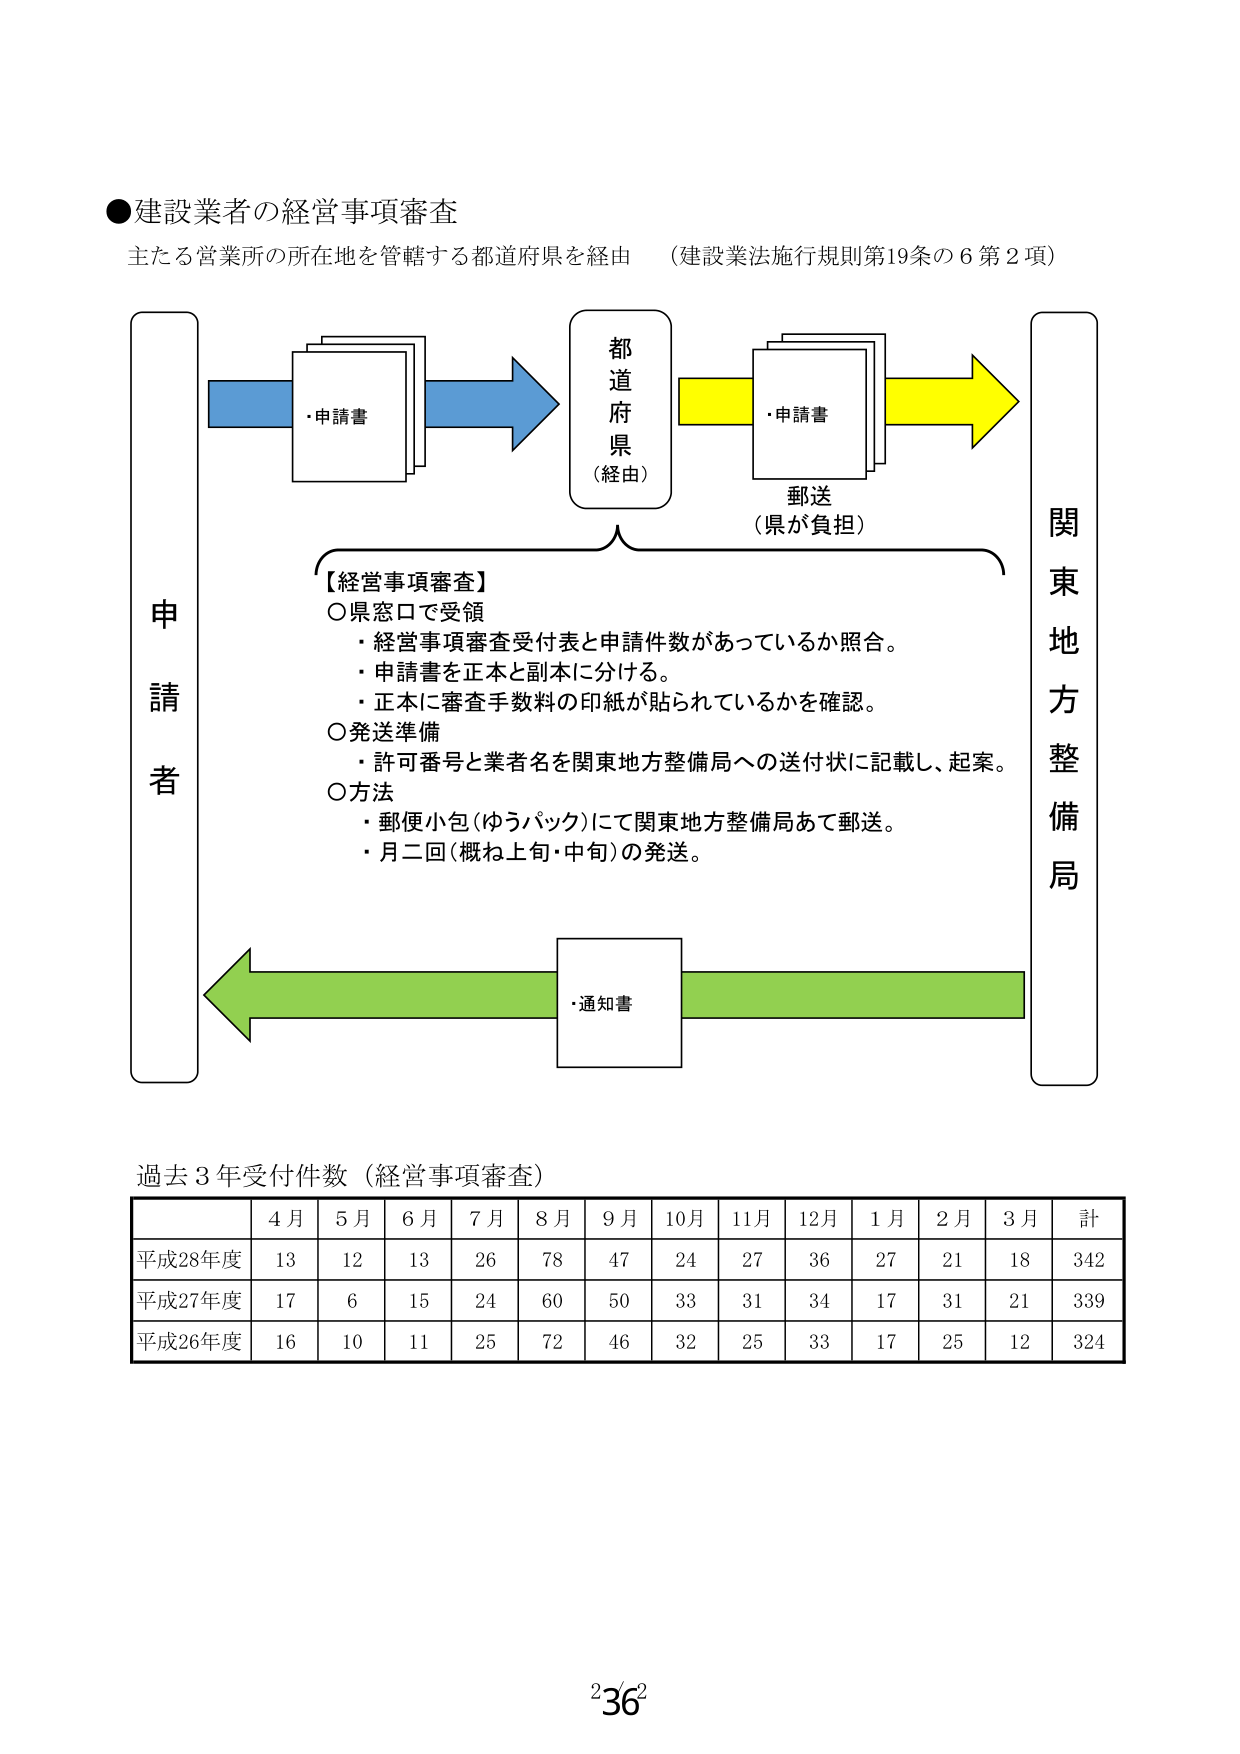
●建設業者の経営事項審査
主たる営業所の所在地を管轄する都道府県を経由 （建設業法施行規則第19条の6第2項）

申請者
・申請書
都道府県（経由）
・申請書
郵送（県が負担）
関東地方整備局

【経営事項審査】
○県窓口で受領
・経営事項審査受付表と申請件数があっているか照合。
・申請書を正本と副本に分ける。
・正本に審査手数料の印紙が貼られているかを確認。
○発送準備
・許可番号と業者名を関東地方整備局への送付状に記載し、起案。
○方法
・郵便小包（ゆうパック）にて関東地方整備局あて郵送。
・月二回（概ね上旬・中旬）の発送。

・通知書

過去3年受付件数（経営事項審査）
| | 4月 | 5月 | 6月 | 7月 | 8月 | 9月 | 10月 | 11月 | 12月 | 1月 | 2月 | 3月 | 計 |
|---|---|---|---|---|---|---|---|---|---|---|---|---|---|
| 平成28年度 | 13 | 12 | 13 | 26 | 78 | 47 | 24 | 27 | 36 | 27 | 21 | 18 | 342 |
| 平成27年度 | 17 | 6 | 15 | 24 | 60 | 50 | 33 | 31 | 34 | 17 | 31 | 21 | 339 |
| 平成26年度 | 16 | 10 | 11 | 25 | 72 | 46 | 32 | 25 | 33 | 17 | 25 | 12 | 324 |

2/36